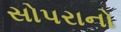
સોપરાનો